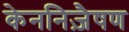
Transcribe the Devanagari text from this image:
केननिज़ैषण